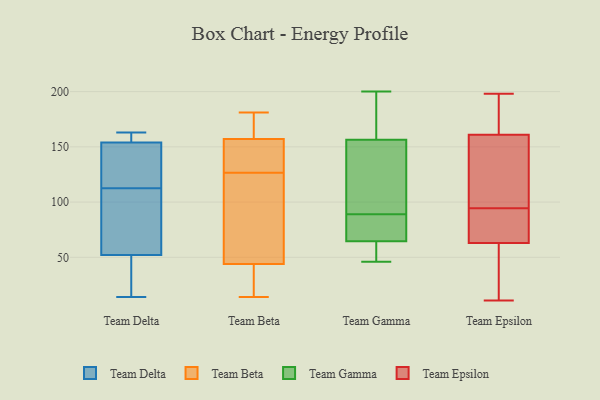
{"axis": {"x": "Website Visitors", "y": "Value"}, "legend": ["Team Beta", "Team Delta", "Team Epsilon", "Team Gamma"], "data": [{"x": "", "y": 128, "type": "Team Delta"}, {"x": "", "y": 48, "type": "Team Delta"}, {"x": "", "y": 132, "type": "Team Delta"}, {"x": "", "y": 154, "type": "Team Delta"}, {"x": "", "y": 93, "type": "Team Delta"}, {"x": "", "y": 163, "type": "Team Delta"}, {"x": "", "y": 14, "type": "Team Delta"}, {"x": "", "y": 52, "type": "Team Delta"}, {"x": "", "y": 157, "type": "Team Delta"}, {"x": "", "y": 97, "type": "Team Delta"}, {"x": "", "y": 73, "type": "Team Beta"}, {"x": "", "y": 152, "type": "Team Beta"}, {"x": "", "y": 164, "type": "Team Beta"}, {"x": "", "y": 136, "type": "Team Beta"}, {"x": "", "y": 165, "type": "Team Beta"}, {"x": "", "y": 26, "type": "Team Beta"}, {"x": "", "y": 64, "type": "Team Beta"}, {"x": "", "y": 181, "type": "Team Beta"}, {"x": "", "y": 136, "type": "Team Beta"}, {"x": "", "y": 134, "type": "Team Beta"}, {"x": "", "y": 178, "type": "Team Beta"}, {"x": "", "y": 77, "type": "Team Beta"}, {"x": "", "y": 119, "type": "Team Beta"}, {"x": "", "y": 21, "type": "Team Beta"}, {"x": "", "y": 44, "type": "Team Beta"}, {"x": "", "y": 32, "type": "Team Beta"}, {"x": "", "y": 157, "type": "Team Beta"}, {"x": "", "y": 14, "type": "Team Beta"}, {"x": "", "y": 89, "type": "Team Gamma"}, {"x": "", "y": 157, "type": "Team Gamma"}, {"x": "", "y": 70, "type": "Team Gamma"}, {"x": "", "y": 86, "type": "Team Gamma"}, {"x": "", "y": 111, "type": "Team Gamma"}, {"x": "", "y": 200, "type": "Team Gamma"}, {"x": "", "y": 188, "type": "Team Gamma"}, {"x": "", "y": 144, "type": "Team Gamma"}, {"x": "", "y": 51, "type": "Team Gamma"}, {"x": "", "y": 66, "type": "Team Gamma"}, {"x": "", "y": 185, "type": "Team Gamma"}, {"x": "", "y": 47, "type": "Team Gamma"}, {"x": "", "y": 64, "type": "Team Gamma"}, {"x": "", "y": 46, "type": "Team Gamma"}, {"x": "", "y": 155, "type": "Team Gamma"}, {"x": "", "y": 101, "type": "Team Epsilon"}, {"x": "", "y": 81, "type": "Team Epsilon"}, {"x": "", "y": 166, "type": "Team Epsilon"}, {"x": "", "y": 63, "type": "Team Epsilon"}, {"x": "", "y": 67, "type": "Team Epsilon"}, {"x": "", "y": 127, "type": "Team Epsilon"}, {"x": "", "y": 88, "type": "Team Epsilon"}, {"x": "", "y": 198, "type": "Team Epsilon"}, {"x": "", "y": 11, "type": "Team Epsilon"}, {"x": "", "y": 161, "type": "Team Epsilon"}, {"x": "", "y": 194, "type": "Team Epsilon"}, {"x": "", "y": 54, "type": "Team Epsilon"}, {"x": "", "y": 163, "type": "Team Epsilon"}, {"x": "", "y": 114, "type": "Team Epsilon"}, {"x": "", "y": 69, "type": "Team Epsilon"}, {"x": "", "y": 153, "type": "Team Epsilon"}, {"x": "", "y": 45, "type": "Team Epsilon"}, {"x": "", "y": 40, "type": "Team Epsilon"}]}